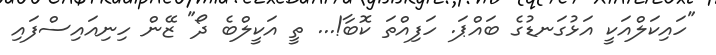
"ހައިކަލްއަކީ އަޅުގަނޑުގެ ބައްޕަ. ހަފިއްތަ ކޮބާ!... ތީ އަކީލްބެ ދޯ" ޒޭން ހިނިއައިސްފައި